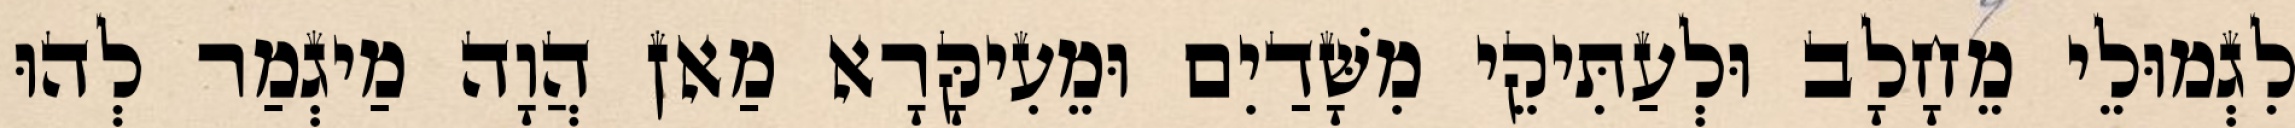
לִגְמוּלֵי מֵחָלָב וּלְעַתִּיקֵי מִשָּׁדַיִם וּמֵעִיקָּרָא מַאן הֲוָה מַיגְמַר לְהוּ